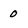
Character: 0